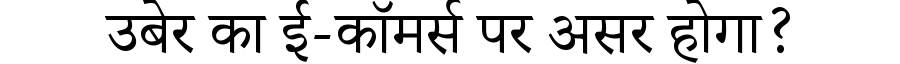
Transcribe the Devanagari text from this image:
उबेर का ई-कॉमर्स पर असर होगा?